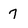
Character: 7